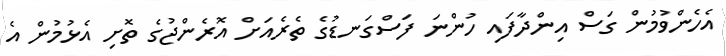
އެހެންވުމުން ގަސް އިންދާފައި ހުންނަ ފަސްގަނޑުގެ ތެރެއަށް އޮރެންޖުގެ ތޮށި އެޅުމުން އެ